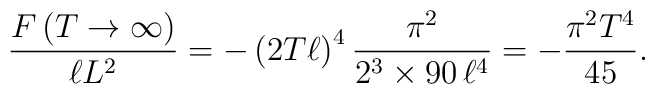
\frac{F\left(T\to\infty\right)}{\ell L^2}=-\left(2T\ell\right)^4\frac{\pi^2}{2^3\times90\,\ell^4}=-\frac{\pi^2T^4}{45}.